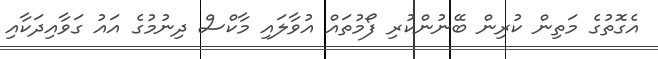
އެގޮތުގެ މަތިން ކުރިން ބޭނުންކުރި ފޯމުތައް އުވާލައި މާކްސް ދިނުމުގެ އައު ގަވާއިދަކާއި